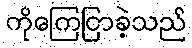
ကိုကြေငြာခဲ့သည်